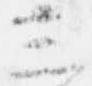
三